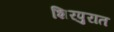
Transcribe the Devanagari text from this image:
शिरपुरात